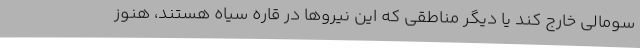
سومالی خارج کند یا دیگر مناطقی که این نیروها در قاره سیاه هستند، هنوز